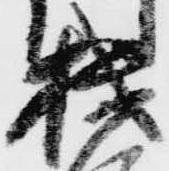
機